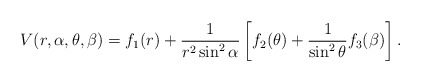
\begin{align*}V(r,\alpha,\theta ,\beta)=f_{1}(r)+\frac{1}{r^{2}\sin ^{2}\alpha } \left[f_{2}(\theta )+\frac{1}{\sin^2 \theta} f_{3}(\beta ) \right].\end{align*}